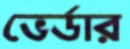
ভের্ডার